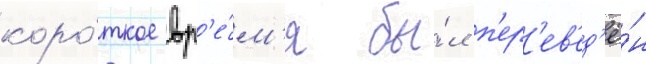
коро́ткое вр'е́м'я бы́л п'ер'ев'ед'ё́н